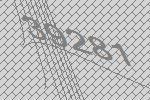
39281